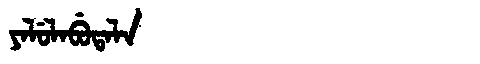
Manchu: ᠶᠠᠯᡠᠯᠠᠪᡠᡨᠠᠯᠠ
Romanization: YALULABUTALA